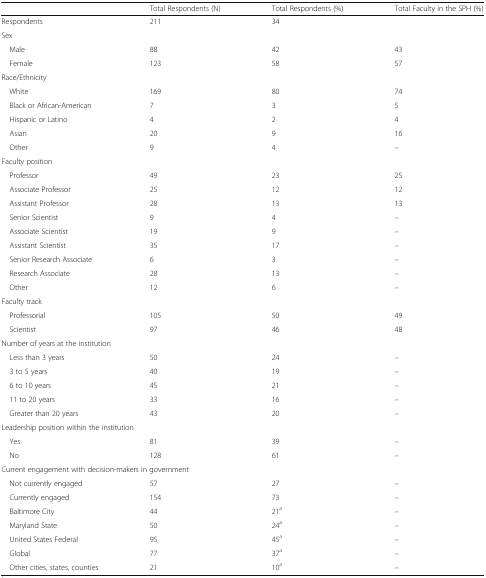
<table><thead><tr><td></td><td><b>Total Respondents (N)</b></td><td><b>Total Respondents (%)</b></td><td><b>Total Faculty in the SPH (%)</b></td></tr></thead><tbody><tr><td>Respondents</td><td>211</td><td>34</td><td></td></tr><tr><td colspan="4">Sex</td></tr><tr><td> Male</td><td>88</td><td>42</td><td>43</td></tr><tr><td> Female</td><td>123</td><td>58</td><td>57</td></tr><tr><td colspan="4">Race/Ethnicity</td></tr><tr><td> White</td><td>169</td><td>80</td><td>74</td></tr><tr><td> Black or African-American</td><td>7</td><td>3</td><td>5</td></tr><tr><td> Hispanic or Latino</td><td>4</td><td>2</td><td>4</td></tr><tr><td> Asian</td><td>20</td><td>9</td><td>16</td></tr><tr><td> Other</td><td>9</td><td>4</td><td>–</td></tr><tr><td colspan="4">Faculty position</td></tr><tr><td> Professor</td><td>49</td><td>23</td><td>25</td></tr><tr><td> Associate Professor</td><td>25</td><td>12</td><td>12</td></tr><tr><td> Assistant Professor</td><td>28</td><td>13</td><td>13</td></tr><tr><td> Senior Scientist</td><td>9</td><td>4</td><td>–</td></tr><tr><td> Associate Scientist</td><td>19</td><td>9</td><td>–</td></tr><tr><td> Assistant Scientist</td><td>35</td><td>17</td><td>–</td></tr><tr><td> Senior Research Associate</td><td>6</td><td>3</td><td>–</td></tr><tr><td> Research Associate</td><td>28</td><td>13</td><td>–</td></tr><tr><td> Other</td><td>12</td><td>6</td><td>–</td></tr><tr><td colspan="4">Faculty track</td></tr><tr><td> Professorial</td><td>105</td><td>50</td><td>49</td></tr><tr><td> Scientist</td><td>97</td><td>46</td><td>48</td></tr><tr><td colspan="4">Number of years at the institution</td></tr><tr><td> Less than 3 years</td><td>50</td><td>24</td><td>–</td></tr><tr><td> 3 to 5 years</td><td>40</td><td>19</td><td>–</td></tr><tr><td> 6 to 10 years</td><td>45</td><td>21</td><td>–</td></tr><tr><td> 11 to 20 years</td><td>33</td><td>16</td><td>–</td></tr><tr><td> Greater than 20 years</td><td>43</td><td>20</td><td>–</td></tr><tr><td colspan="4">Leadership position within the institution</td></tr><tr><td> Yes</td><td>81</td><td>39</td><td>–</td></tr><tr><td> No</td><td>128</td><td>61</td><td>–</td></tr><tr><td colspan="4">Current engagement with decision-makers in government</td></tr><tr><td> Not currently engaged</td><td>57</td><td>27</td><td>–</td></tr><tr><td> Currently engaged</td><td>154</td><td>73</td><td>–</td></tr><tr><td> Baltimore City</td><td>44</td><td>21<sup>a</sup></td><td>–</td></tr><tr><td> Maryland State</td><td>50</td><td>24<sup>a</sup></td><td>–</td></tr><tr><td> United States Federal</td><td>95</td><td>45<sup>a</sup></td><td>–</td></tr><tr><td> Global</td><td>77</td><td>37<sup>a</sup></td><td>–</td></tr><tr><td> Other cities, states, counties</td><td>21</td><td>10<sup>a</sup></td><td>–</td></tr></tbody></table>